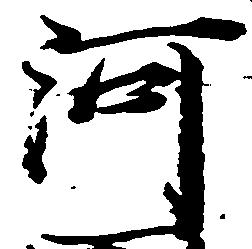
河